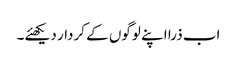
اب ذرا اپنے لوگوں کے کردار دیکھئے۔